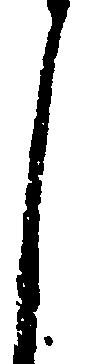
し